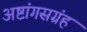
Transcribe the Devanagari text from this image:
अष्टांगसग्रंह